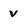
Character: v